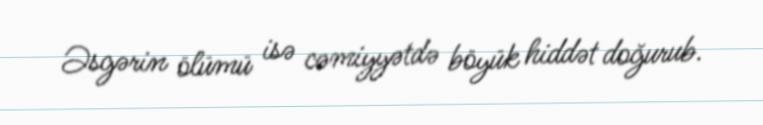
Əsgərin ölümü isə cəmiyyətdə böyük hiddət doğurub.